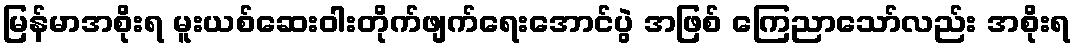
မြန်မာအစိုးရ မူးယစ်ဆေးဝါးတိုက်ဖျက်ရေးအောင်ပွဲ အဖြစ် ကြေညာသော်လည်း အစိုးရ